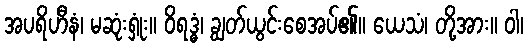
အပရိဟီနံ၊ မဆုံးရှုံး။ ဝိရဒ္ဓံ၊ ချွတ်ယွင်းစေအပ်၏။ ယေသံ၊ တို့အား။ ဝါ၊